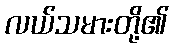
လယ်သမားတို့၏